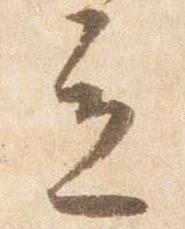
立